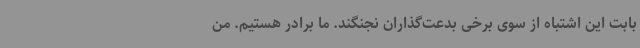
بابت این اشتباه از سوی برخی بدعت‌گذاران نجنگند. ما برادر هستیم. من